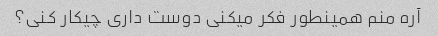
آره منم همینطور فکر میکنی دوست داری چیکار کنی؟